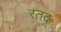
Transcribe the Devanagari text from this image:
रतद्